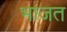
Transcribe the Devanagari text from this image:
भाजत